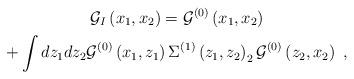
LaTeX: \begin{gather*}\mathcal{G}_{I}\left( {{x}_{1}},{{x}_{2}}\right) ={{\mathcal{G}}^{\left(0\right) }}\left( {{x}_{1}},{{x}_{2}}\right) \\+\int dz_{1}dz_{2}{{\mathcal{G}}^{\left( 0\right) }}\left( {{x}_{1}},{z_{1}}\right) \Sigma ^{\left( 1\right) }\left( {z_{1}},{z_{2}}\right) _{2}{{\mathcal{G}}^{\left( 0\right) }}\left( {z_{2}},x{_{2}}\right) \;,\end{gather*}